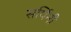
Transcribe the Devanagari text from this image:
सर्पिनी